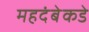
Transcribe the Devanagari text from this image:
महदंबेकडे